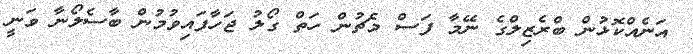
އަނެއްކޮޅުން ބްރެޒިލްގެ ނޭމާ ފަސް މެޗުން ހަތް ގޯލު ޖަހާފައިވުމުން ބާސެލޯނާ ވަނީ